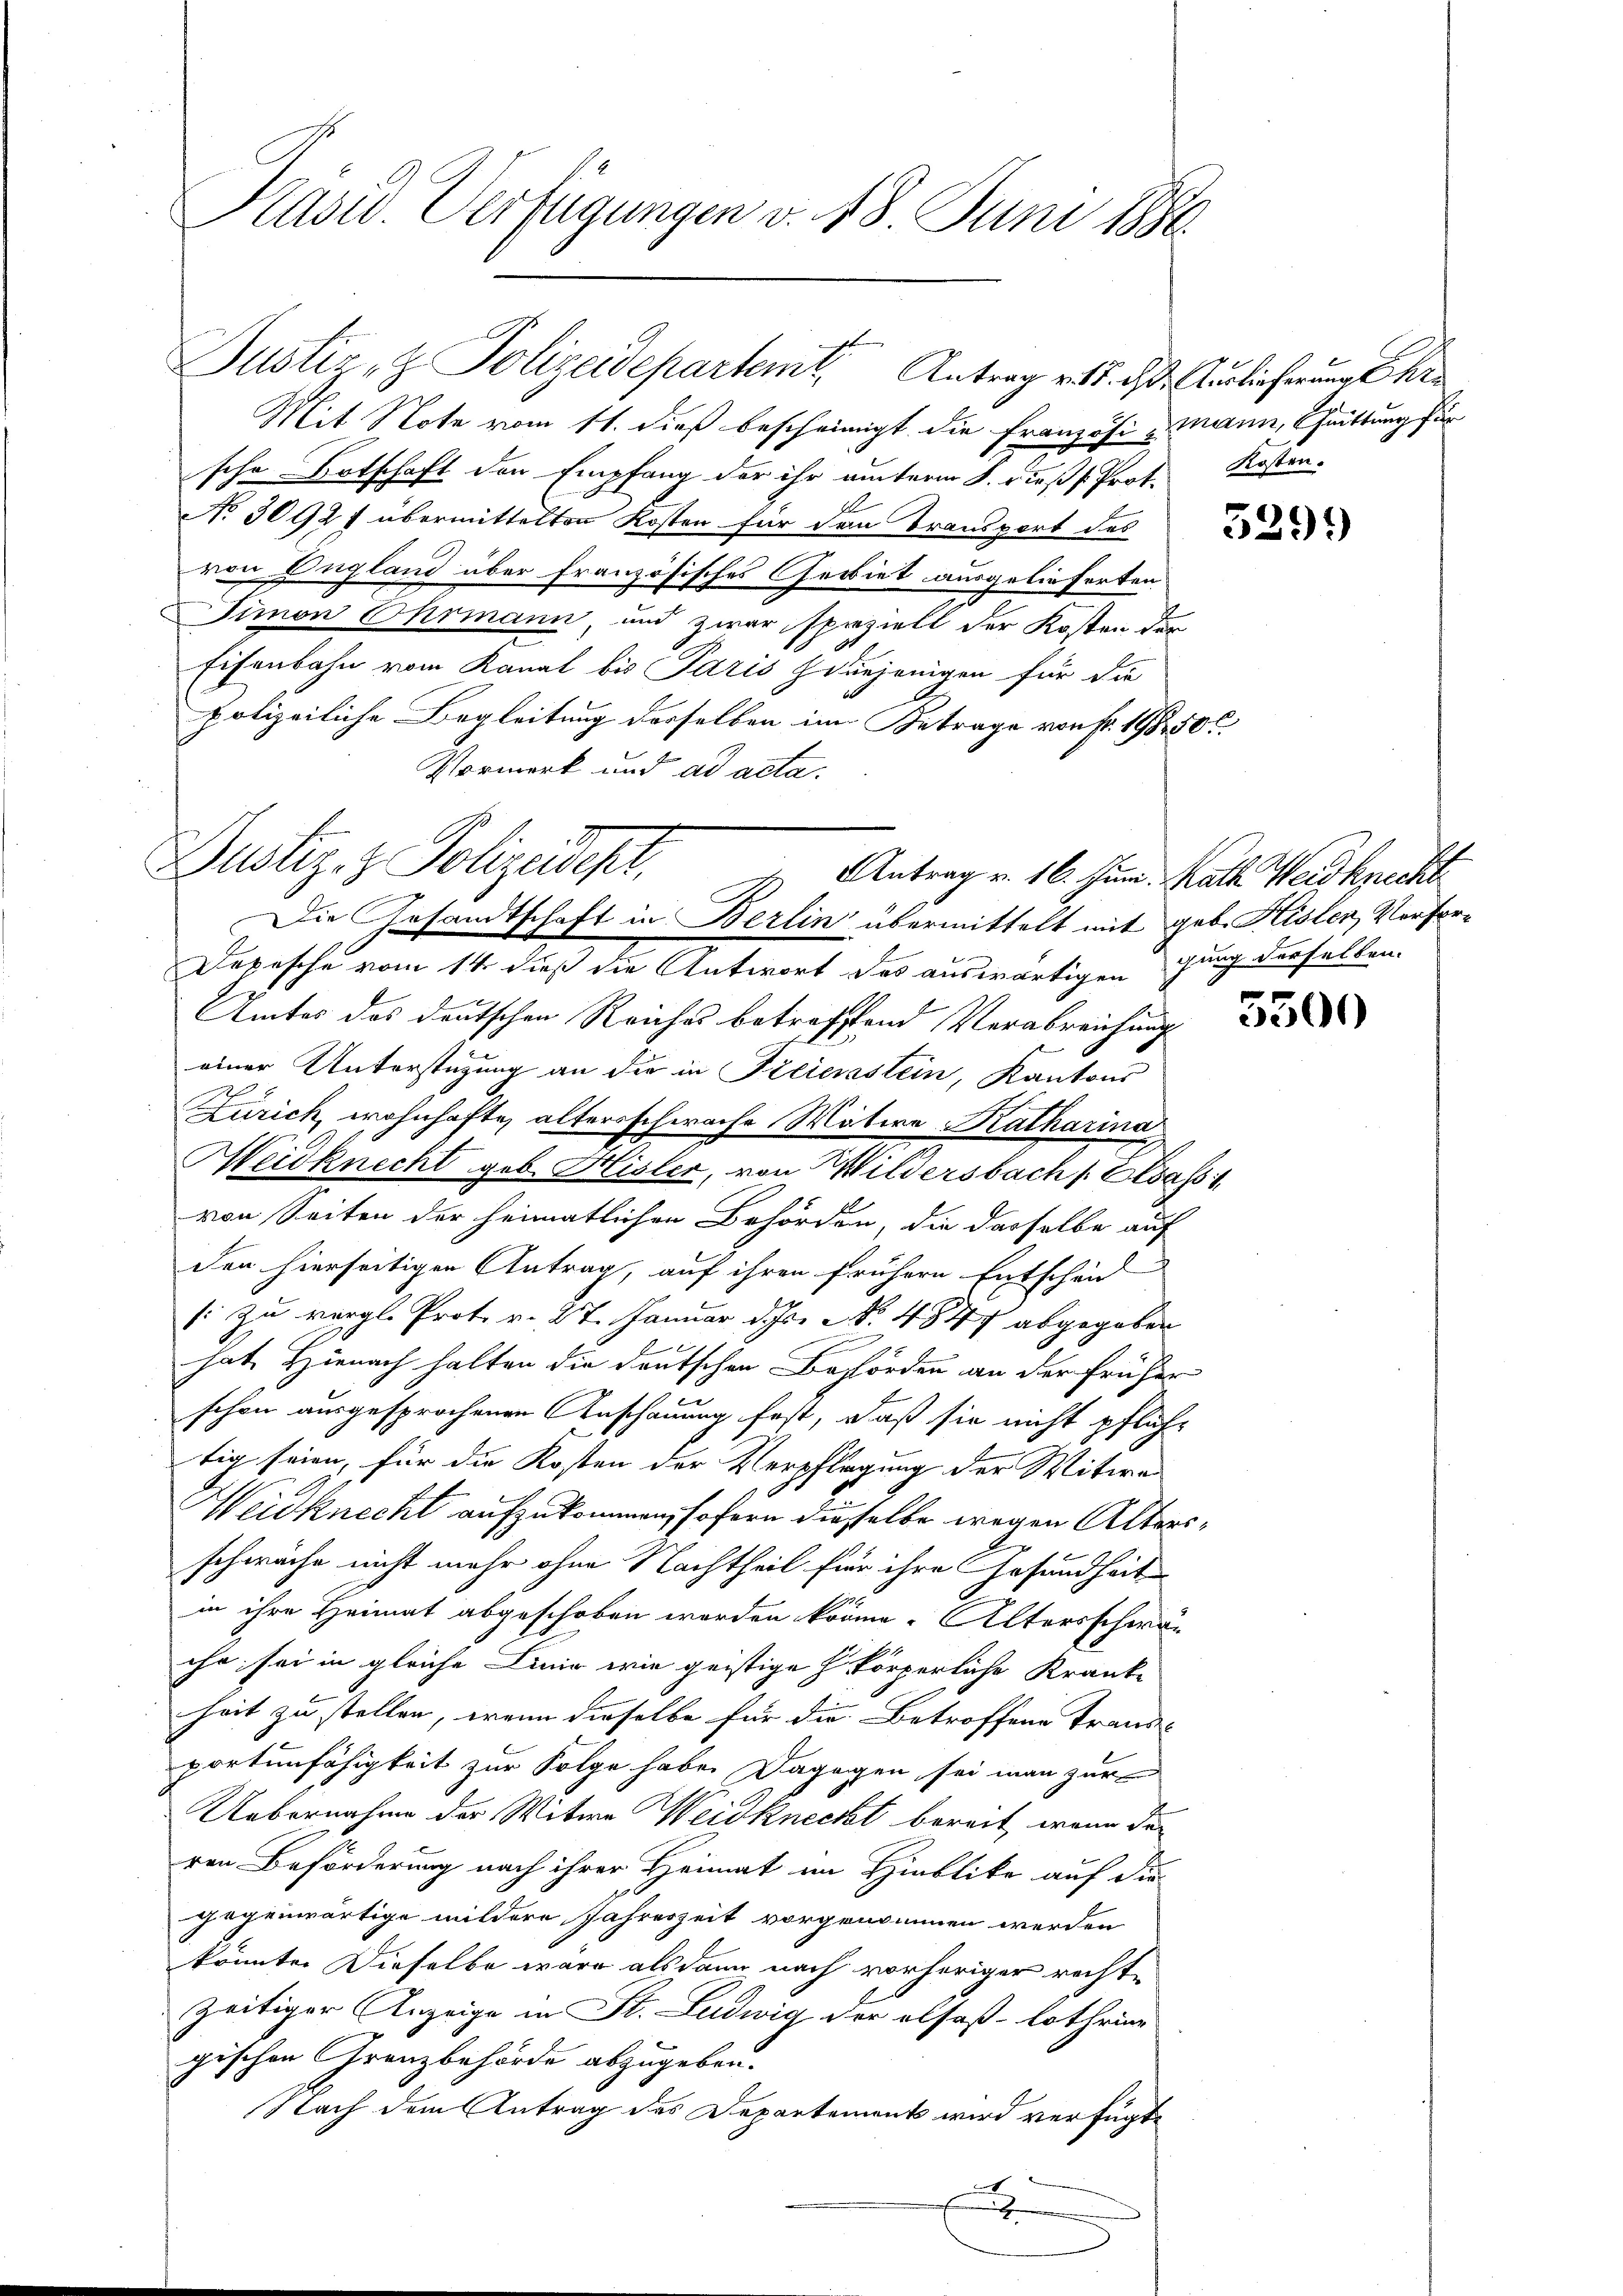
Präsid. Verfügungen v. 18. Juni 1880

Justiz- & Polizeidepartem Antrag v. 18. d. Auslieferung

Mit Note vom 11. dieß bescheinigt die Französi-Mann, Schrittung für
sche Botschaft den Empfang der ihr unterm 8. dieß Prot. Kosten.
.
No 3092 f übermittelten Kosten für den Transport des
von England über französisches Gebiet ausgelieferten
Simon Ohrmann, und zwar speziell der Kosten der
Eisenbahn vom Kanal bis Paris diejenigen für die
polizeiliche Begleitung derselben im Betrage von fr. 198500.
Vormerk und ad acta.
Antrag v. 16. Juni. Rath Weidknecht
Depesche vom 14. dieß die Antwort des auswärtigen gung derselben
Amtes das deutschen Reiches betreffend Verabreichung 22
einer Unterstüzung an die in Kreierastein, Kantons
Zürich, wohnhafte, alterschwache Matere Katharina
Meidknecht geb. Hisler, von Wildersbach Elsass i
von Seiten der heimatlichen Behörden, die dasselbe auf
den hierseitigen Antrag, auf ihren frühere Entscheid
: Zu vergl. Prot. v. 27. Januar d. Js. N. 4827 abgegeben
hat. Hienach halten die deutschen Behörden an der früher
schon ausgesprochenen Anschauung fest, daß sie nicht pfliche
tig seien, für die Kosten der Verpflegung der Witwe
Weidknecht aufzukommen, sofern diesselbe wegen Altersschwache nicht mehr ohne Nachtheil für ihre Gesundheit
in ihre Heimat abgeschoben worden könne. Altersschwaihr sei in gleiche Linie wie geistige h körperliche Krank-
heit zu stellen, wenn dieselbe für die Betroffene Trand-
portunfähigkeit zur Folge habe. Dagegen sei man zur
Uebernahme der Witwe Weidknecht bereit, wenn der
ren Beförderung nach ihrer Heimat im Hinblike auf die
gegenwärtige mildere Jahreszeit vorgenommen werden
könnte. Dieselbe wäre als dann nach vorheriger rechte
zeitiger Anzeige in St. Ludwig der alsoß-Lothrine
gischen Grenzbehörde abzugeben.
Nach dem Antrag des Departements wird verfügte
E

Justiz- & Polizeidept.
Die Gesandtschaft in Berlin übermittelt mit geb. Hisler, Verfor¬

529)